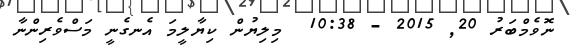
ނޮވެމްބަރު 20